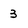
Character: 3